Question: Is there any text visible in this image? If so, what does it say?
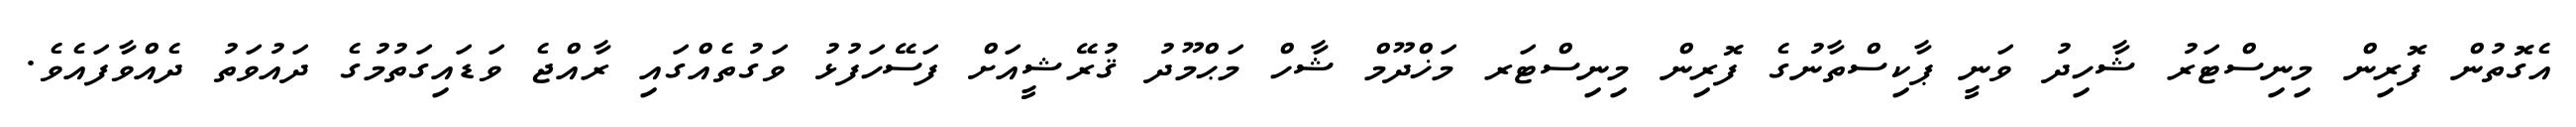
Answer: އެގޮތުން ފޮރިން މިނިސްޓަރު ޝާހިދު ވަނީ ޕާކިސްތާނުގެ ފޮރިން މިނިސްޓަރ މަޚްދޫމް ޝާހް މަޙްމޫދު ޤުރޭޝީއަށް ފަސޭހަފުޅު ވަގުތެއްގައި ރާއްޖެ ވަޑައިގަތުމުގެ ދައުވަތު ދެއްވާފައެވެ.